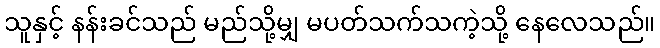
သူနှင့် နန်းခင်သည် မည်သို့မျှ မပတ်သက်သကဲ့သို့ နေလေသည်။